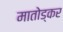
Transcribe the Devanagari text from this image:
मातोड्कर